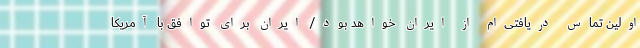
اولین تماس دریافتی‌ام از ایران خواهد بود/ ایران برای توافق با آمریکا